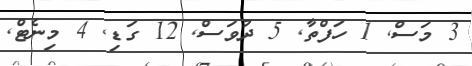
3 މަސް